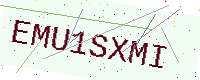
Text: EMU1SXMI